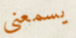
يسمعنى